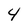
Character: 4